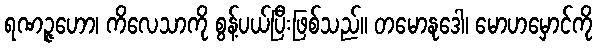
ရဏဉ္ဇဟော၊ ကိလေသာကို စွန့်ပယ်ပြီးဖြစ်သည်။ တမောနုဒေါ၊ မောဟမှောင်ကို